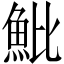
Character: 魮